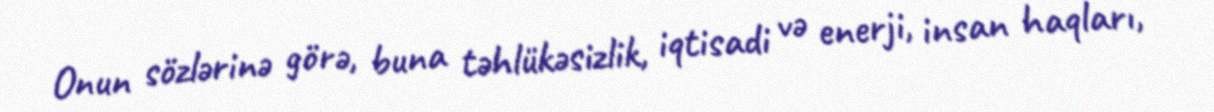
Onun sözlərinə görə, buna təhlükəsizlik, iqtisadi və enerji, insan haqları,